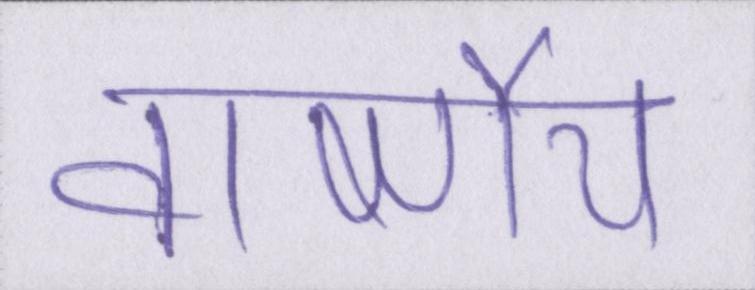
वार्ष्णेय